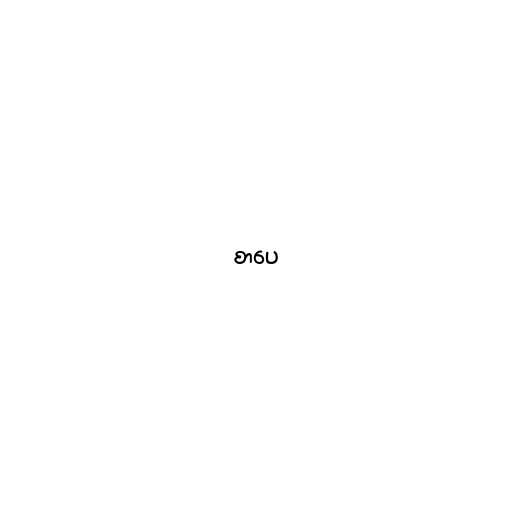
စာပေ